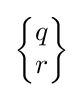
{\begin{Bmatrix}q\\r\end{Bmatrix}}